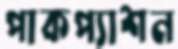
পাকপ্যাশন